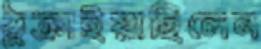
ঠুক্‌রাইয়াছিলেন